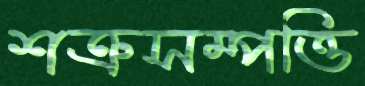
শত্রুসম্পত্তি